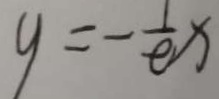
y = - \frac { 1 } { e } x